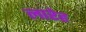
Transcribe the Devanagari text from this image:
लारेह